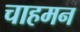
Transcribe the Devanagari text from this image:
चाहमन